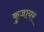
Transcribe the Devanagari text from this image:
कुजायर